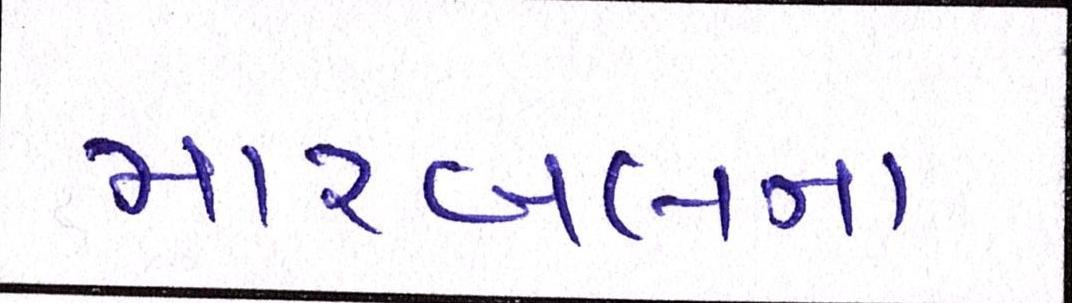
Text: મારબલના